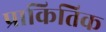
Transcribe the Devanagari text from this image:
प्राकितिक